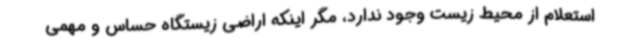
استعلام از محیط زیست وجود ندارد، مگر اینکه اراضی زیستگاه حساس و مهمی